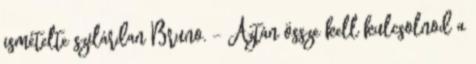
ismételte szilárdan Bruno. – Aztán össze kell kulcsolnod a